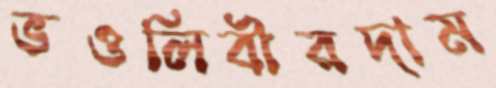
ভওলিবীরদাম